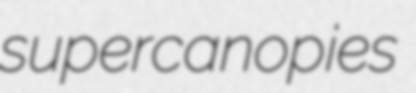
supercanopies